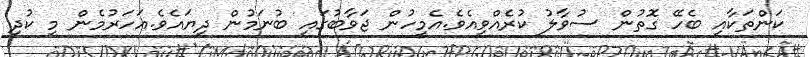
ކަންތަކާއި ބެހޭ ގޮތުން ސުވާލު ކުރެއްވިއެވެ.އެމީހުން ޖަވާބުގައި ބުނަމުން ދިޔައެވެ.އަހަރުމެން މި ކުދި